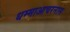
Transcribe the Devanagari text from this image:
धम्माआचरनास